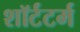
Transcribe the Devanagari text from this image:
शॉर्टटर्म